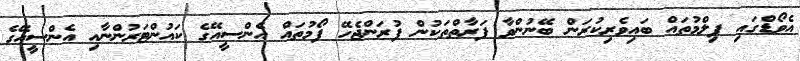
އެވޯޑްގައި ފިލްމުތައް ބައިވެރިކުރަން ބޭނުންވާ ފަރާތްތަކުން ފުރަންޖެހޭ ފޯމުތައް އެންސީއޭގެ ކައުންޓަރުންނާއި އެންސީއޭގެ